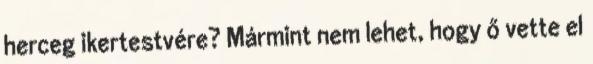
herceg ikertestvére? Mármint nem lehet, hogy ő vette el